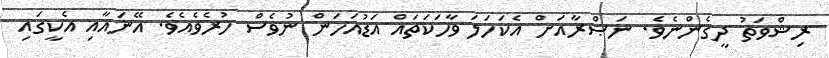
ރިޝްވަތު ދީގެންނެވެ. ނަޞްރާއަށް އެކަހަލަ ވާހަކަތައް އަޑުއަހަން ނުވެސް ހުރެވެއެވެ. އޭނައާއި އެކީގައި